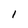
Character: I